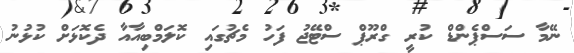
ނޭމާ ސަސްޕެންޑް ކުރީ ގްރޫޕް ސްޓޭޖު ފަހު މެޗުގައި ކޮލަމްބިއާއާ ދެކޮޅަށް ކުޅުނު